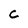
Character: C